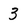
Character: 3